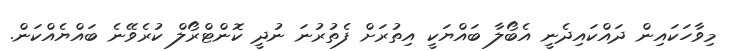
މިވާހަކައިން ދައްކައިދެނީ އެބޯލާ ބައްޔަކީ އިތުރަށް ފެތުރުނަ ނުދީ ކޮންޓްރޯލް ކުރެވޭނެ ބައްޔެއްކަން.